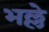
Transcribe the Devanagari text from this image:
भल्ले